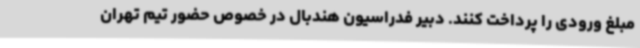
مبلغ ورودی را پرداخت کنند. دبیر فدراسیون هندبال در خصوص حضور تیم تهران